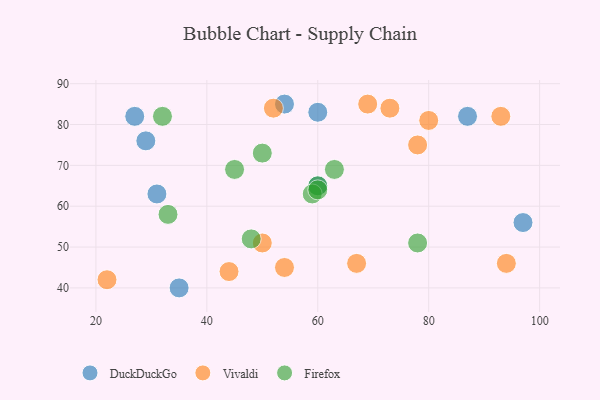
{"axis": {"x": "GDP", "y": "Life Expectancy"}, "legend": ["DuckDuckGo", "Firefox", "Vivaldi"], "data": [{"x": "87", "y": 82, "type": "DuckDuckGo"}, {"x": "60", "y": 83, "type": "DuckDuckGo"}, {"x": "29", "y": 76, "type": "DuckDuckGo"}, {"x": "27", "y": 82, "type": "DuckDuckGo"}, {"x": "31", "y": 63, "type": "DuckDuckGo"}, {"x": "35", "y": 40, "type": "DuckDuckGo"}, {"x": "97", "y": 56, "type": "DuckDuckGo"}, {"x": "60", "y": 65, "type": "DuckDuckGo"}, {"x": "54", "y": 85, "type": "DuckDuckGo"}, {"x": "67", "y": 46, "type": "Vivaldi"}, {"x": "73", "y": 84, "type": "Vivaldi"}, {"x": "50", "y": 51, "type": "Vivaldi"}, {"x": "44", "y": 44, "type": "Vivaldi"}, {"x": "93", "y": 82, "type": "Vivaldi"}, {"x": "78", "y": 75, "type": "Vivaldi"}, {"x": "94", "y": 46, "type": "Vivaldi"}, {"x": "22", "y": 42, "type": "Vivaldi"}, {"x": "69", "y": 85, "type": "Vivaldi"}, {"x": "52", "y": 84, "type": "Vivaldi"}, {"x": "80", "y": 81, "type": "Vivaldi"}, {"x": "54", "y": 45, "type": "Vivaldi"}, {"x": "63", "y": 69, "type": "Firefox"}, {"x": "50", "y": 73, "type": "Firefox"}, {"x": "60", "y": 65, "type": "Firefox"}, {"x": "32", "y": 82, "type": "Firefox"}, {"x": "33", "y": 58, "type": "Firefox"}, {"x": "48", "y": 52, "type": "Firefox"}, {"x": "45", "y": 69, "type": "Firefox"}, {"x": "59", "y": 63, "type": "Firefox"}, {"x": "60", "y": 64, "type": "Firefox"}, {"x": "78", "y": 51, "type": "Firefox"}]}